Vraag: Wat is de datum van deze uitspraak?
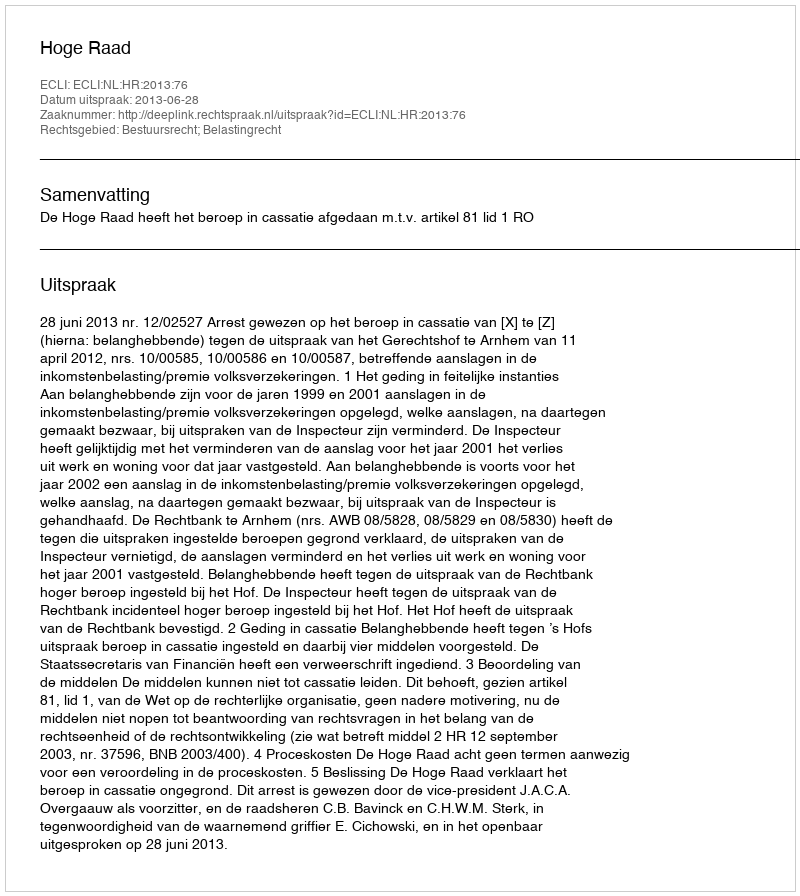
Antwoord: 2013-06-28